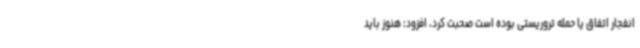
انفجار اتفاق یا حمله تروریستی بوده است صحبت کرد، افزود: هنوز باید